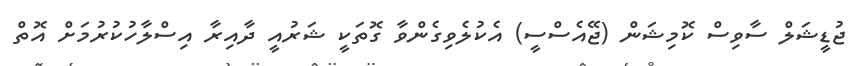
ޖުޑީޝަލް ސާވިސް ކޮމިޝަން (ޖޭއެސްސީ) އެކުލެވިގެންވާ ގޮތަކީ ޝަރުއީ ދާއިރާ އިސްލާހުކުރުމަށް އޮތް